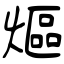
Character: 熰